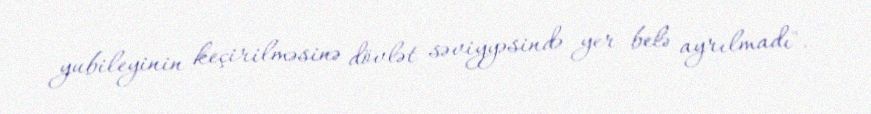
yubileyinin keçirilməsinə dövlət səviyyəsində yer belə ayrılmadı".